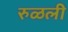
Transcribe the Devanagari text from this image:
रुळली